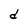
Character: d